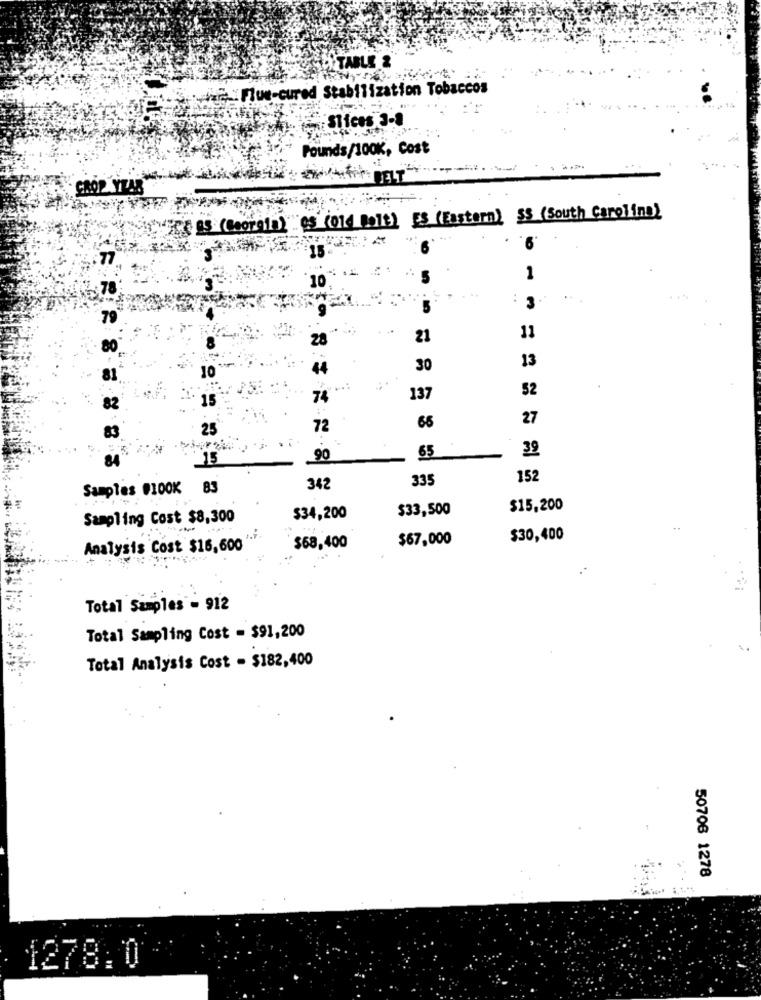
TABLE &
VE :Flue-cured Stabilization Tobaccos
: Slices 3-8
Pounds/100K, Cost
CROP YEAR
OS (014 Bolt) ES (Eastern) $$ (South Carolina)
IS (Ceoralb)"
6
15
F
- 5
1
10
: 3.
28
21
11
80
44
30
13
10
52
15
74
137
27
25
72
65
65
39
15
90
152
Samples 0100K 83
342
335
$33,500
$15,200
Sampling Cost $8,300
$34,200
$67,000
$30,400
Analysis Cost $16,600
$68,400
Total Samples - 912
Total Sampling Cost = $91,200
Total Analysis Cost - $182,400
50706 1278
1278.0